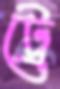
ট্রে